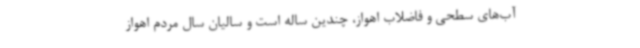
آب‌های سطحی و فاضلاب اهواز، چندین ساله است و سالیان سال مردم اهواز